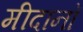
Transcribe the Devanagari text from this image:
मीदानों